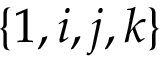
\{ 1 , i , j , k \}